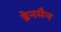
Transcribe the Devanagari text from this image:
ब्रेनमैन